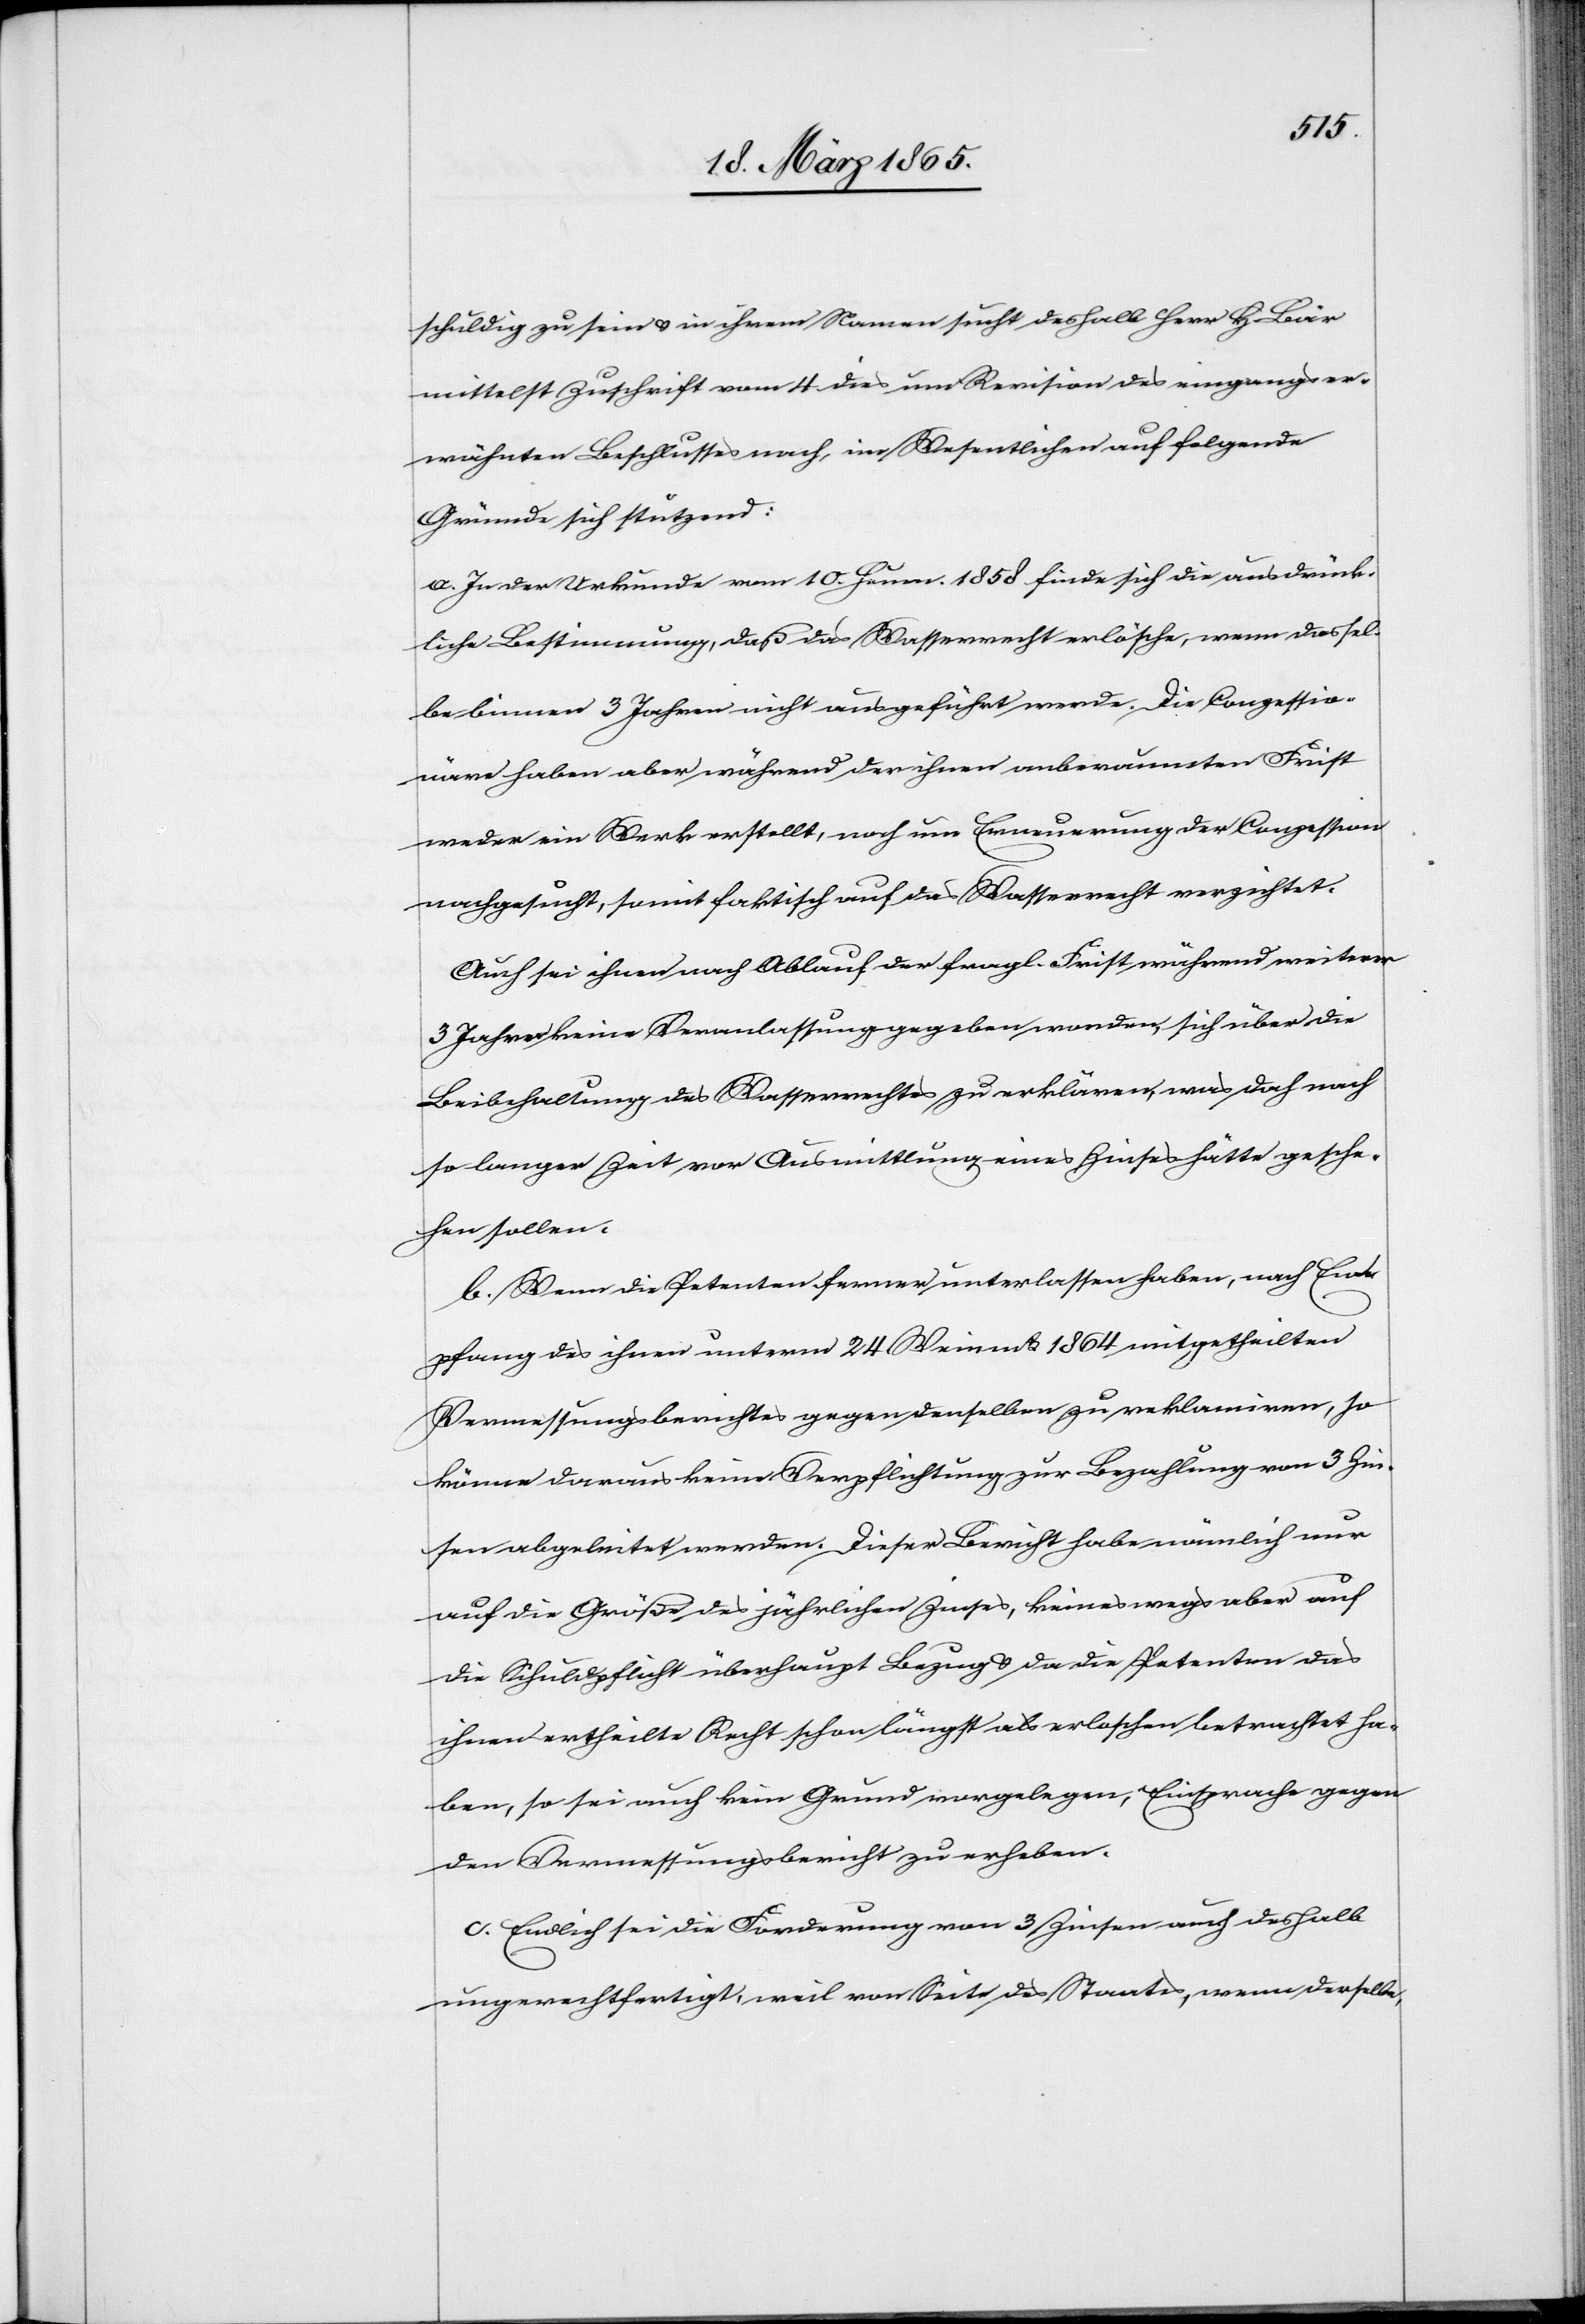
schuldig zu sein & in ihrem Namen sucht deshalb Herr H. Bär
mittelst Zuschrift vom 4 dies um Revision des eingangser¬
wähnten Beschlusses nach, im Wesentlichen auf folgende
Gründe sich stützend:
a. In der Urkunde vom 10. Heum. 1858 finde sich die ausdrück¬
liche Bestimmung, daß das Wasserrecht erlösche, wenn dassel¬
be binnen 3 Jahren nicht ausgeführt werde. Die Conzessio¬
näre haben aber während der ihnen anberaumten Frist
weder ein Werk erstellt, noch um Erneuerung der Conzession
nachgesucht, somit faktisch auf das Wasserrecht verzichtet.
Auch sei ihnen nach Ablauf der fragl. Frist während weiterer
3 Jahre keine Veranlassung gegeben worden, sich über die
Beibehaltung des Wasserrechtes zu erklären, was doch nach
so langer Zeit vor Ausmittlung eines Zinses hätte gesche¬
hen sollen.
b. Wenn die Petenten ferner unterlassen haben, nach Em¬
pfang des ihnen unterm 24 Weinmts 1864 mitgetheilten
Vermessungsberichtes gegen denselben zu reklamiren, so
könne daraus keine Verpflichtung zur Bezahlung von 3 Zin¬
sen abgeleitet werden. Dieser Bericht habe nämlich nur
auf die Größe des jährlichen Zinses, keineswegs aber auf
die Schuldpflicht überhaupt Bezug & da die Petenten das
ihnen ertheilte Recht schon längst als erloschen betrachtet ha¬
ben, so sei auch kein Grund vorgelegen, Einsprache gegen
den Vermessungsbericht zu erheben.
c. Endlich sei die Forderung von 3 Zinsen auch deshalb
ungerechtfertigt, weil von Seite des Staates, wenn derselbe,